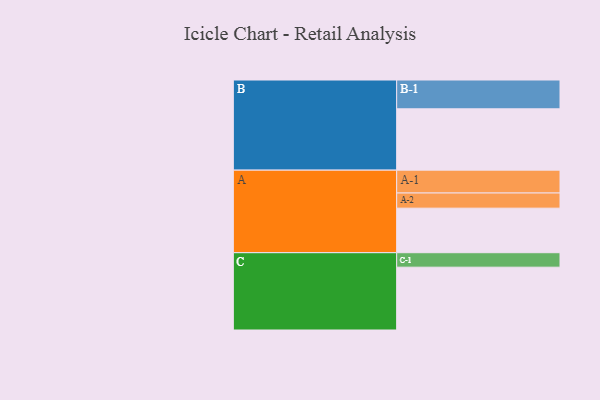
{"axis": {"x": "Segment", "y": "Value"}, "legend": ["", "A", "B", "C"], "data": [{"x": "A", "y": 388, "type": ""}, {"x": "B", "y": 534, "type": ""}, {"x": "C", "y": 547, "type": ""}, {"x": "A-1", "y": 199, "type": "A"}, {"x": "A-2", "y": 132, "type": "A"}, {"x": "B-1", "y": 251, "type": "B"}, {"x": "C-1", "y": 126, "type": "C"}]}